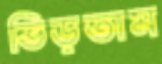
ভিড়তাম